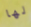
لها